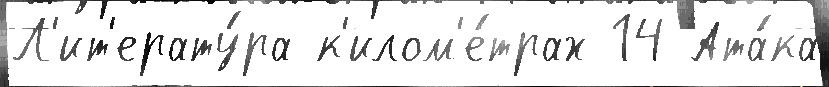
Л'ит'ерату́ра к'илом'е́трах 14 Ата́ка